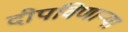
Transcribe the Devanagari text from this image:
दीपविणार्‍या